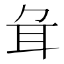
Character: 𦔰